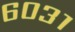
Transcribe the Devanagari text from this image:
६०३१